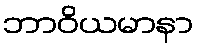
ဘာဝိယမာနာ